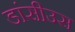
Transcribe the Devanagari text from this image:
डांसीउस